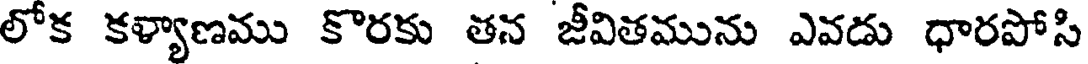
లోక కళ్యాణము కొరకు తన జీవితమును ఎవడు ధారపోసి